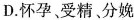
D.怀孕、受精、分娩